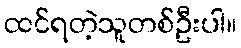
ထင်ရတဲ့သူတစ်ဦးပါ။